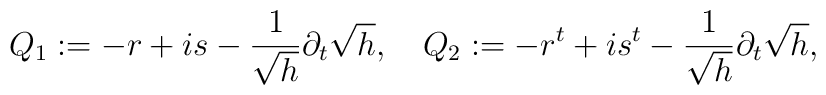
Q_1:=-r+is-\frac{1}{\sqrt{h}}\partial_t\sqrt{h},\quad Q_2:=-r^t+is^t-\frac{1}{\sqrt{h}}\partial_t\sqrt{h},